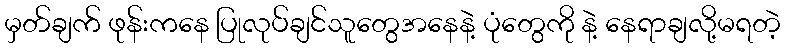
မှတ်ချက် ဖုန်းကနေ ပြုလုပ်ချင်သူတွေအနေနဲ့ ပုံတွေကို နဲ့ နေရာချလို့မရတဲ့